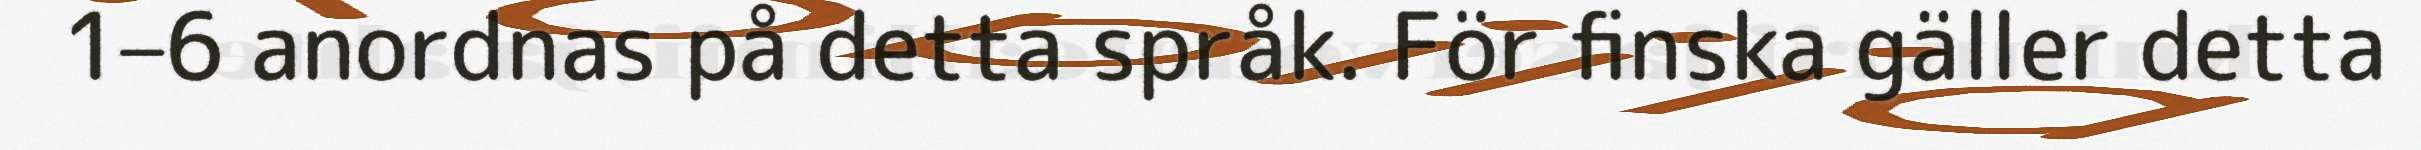
1–6 anordnas på detta språk. För finska gäller detta